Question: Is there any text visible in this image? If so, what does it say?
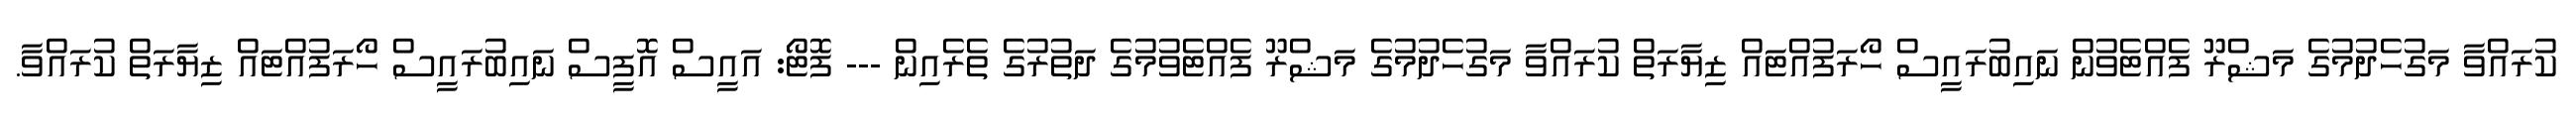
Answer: ކުރައްވާ މަގުހެދުމުގެ މަޝްރޫ ފެއްޓެވުން ނައިބުރައީސް ހޯރަފުއްޓައް ޒިޔާރަތް ކުރައްވާ މަގުހެދުމުގެ މަޝްރޫ ފެއްޓެވުމުގެ ދަތުރުގެ ތެރެއިން --- ފޮޓޯ: އައީސް އޮފީސް ނައިބުރައީސް ހޯރަފުއްޓައް ޒިޔާރަތް ކުރައްވާ.